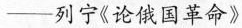
-列宁《论俄国革命》